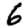
Digit: 6